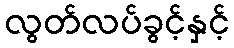
လွတ်လပ်ခွင့်နှင့်